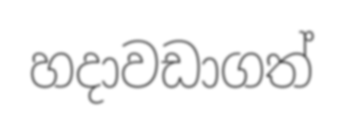
හදාවඩාගත්